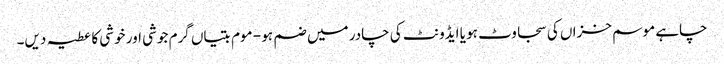
چاہے موسم خزاں کی سجاوٹ ہو یا ایڈونٹ کی چادر میں ضم ہو - موم بتیاں گرم جوشی اور خوشی کا عطیہ دیں۔